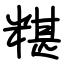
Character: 糂